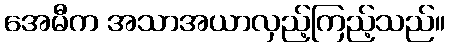
အေမီက အသာအယာလှည့်ကြည့်သည်။